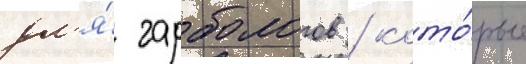
дл'я́ гарбологов / кото́рые